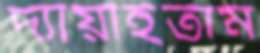
দ্যায়াইতাম